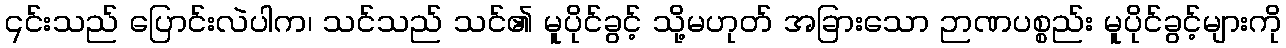
၎င်းသည် ပြောင်းလဲပါက၊ သင်သည် သင်၏ မူပိုင်ခွင့် သို့မဟုတ် အခြားသော ဉာဏပစ္စည်း မူပိုင်ခွင့်များကို